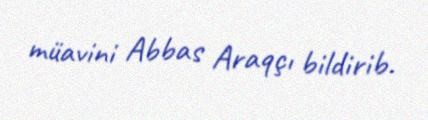
müavini Abbas Araqçı bildirib.